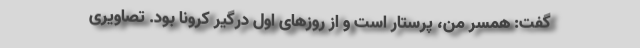
گفت: همسر من، پرستار است و از روزهای اول درگیر کرونا بود. تصاویری